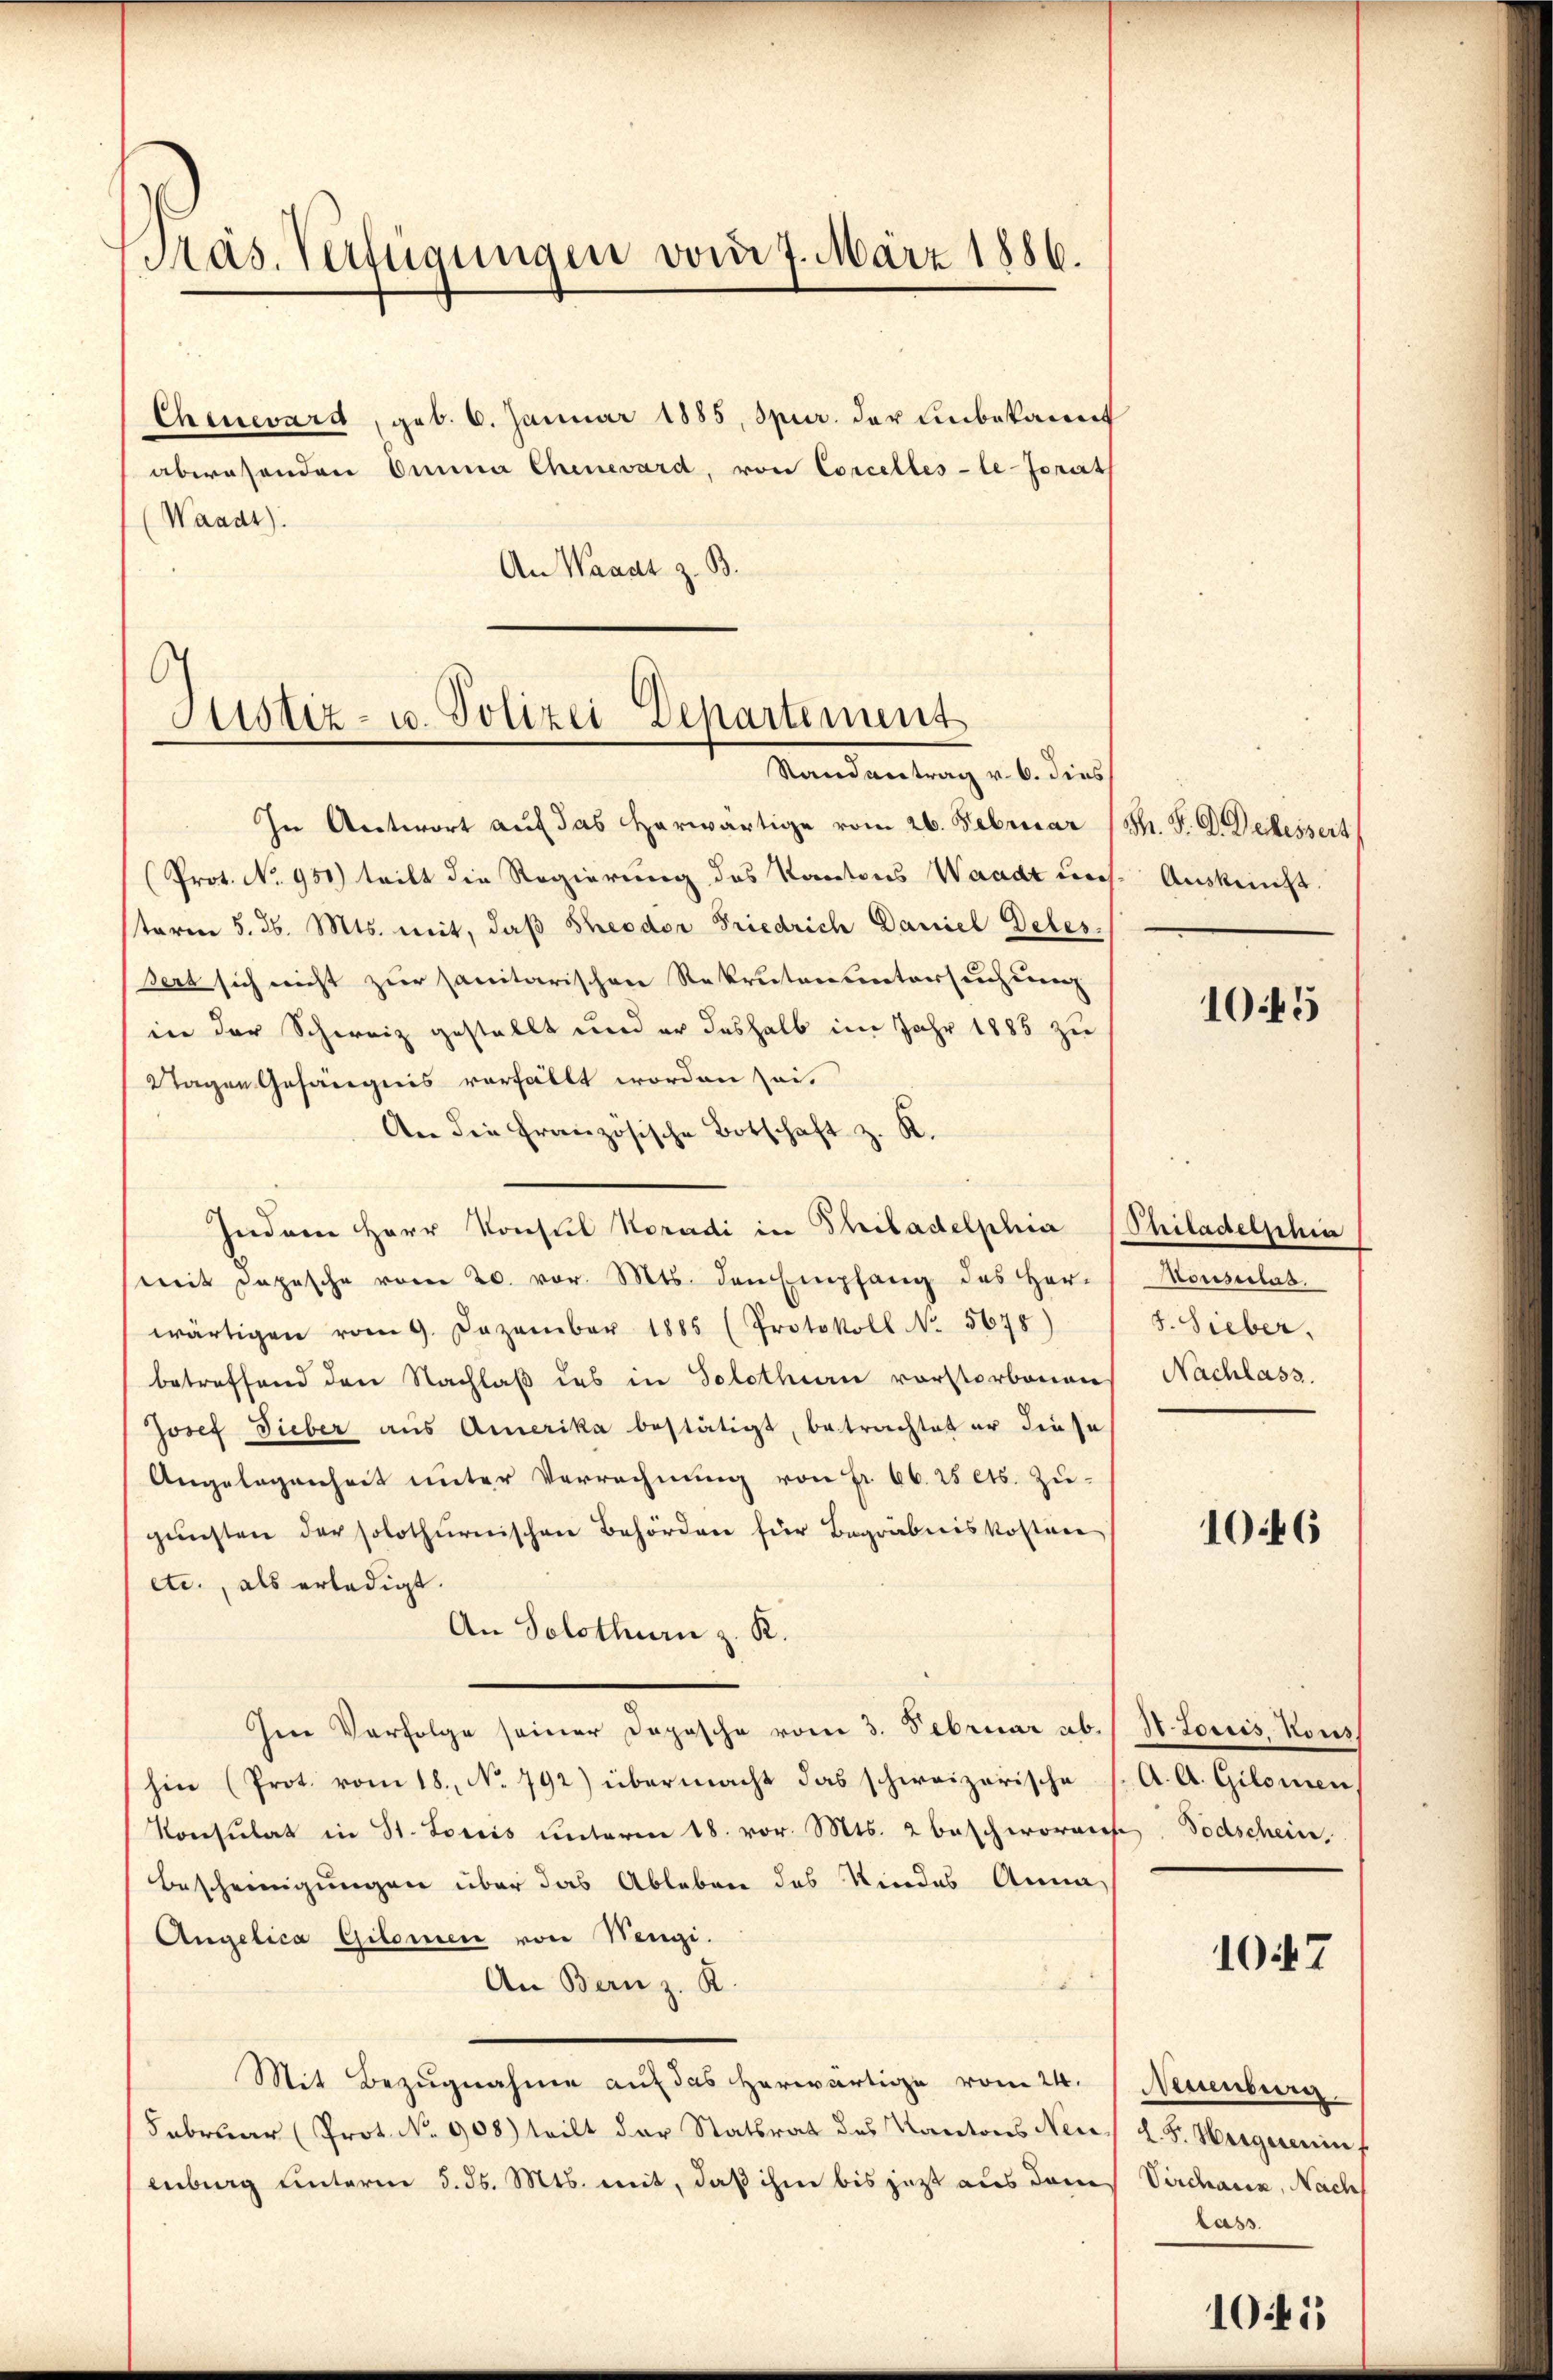
Pras. Verfügungen vom 7. März 1886.

Chenevard, geb. 6. Januar 1885, Spur. der unbekannt
abwesenden Omina Chenevard, von Concelles-te Jonath
(Waadt):
An Waadt z. B.
In Antwort auf das herwärtige vom 26. Februar
(Prot. No. 951) teilt die Regierung des Kantons Waadt uns
term 5. d. Mts. mit, daß Theodor Friedrich Daniel Deles.
sert sich nicht zur sanitarischen Rekrutenstersuchung
in der Schweiz gestellt und er deshalb im Jahr 1885 zu
Wagen Gefängnis vorfällt worden sei.
An die französische Botschaft z. K.
Indern Herr Konsul Koradi in Thiladelphia Philadelphia
mit Depesche vom 20. vor. Mts. den Empfang des Herwärtigen vom 9. Dezember 1885 (Protokoll No 5678)
betreffend den Nachlaß das in Solothurn vorstorbenen
Josef Dieber aus Amerika bestätigt, betrachtet er diese
Angelegenheit unter Verrechnung von Fr. 66. 25 Cts. Zu-
gŭnsten der solothurnischen Behörden für Begräbniskosten
etc., als erledigt
An Solothurn z. R.
Im Verfolge seiner Dopische vom 3. Februar ab.
hin (Prot. vom 18. No. 792) übermacht das schweizerische
Konsulat in St. Loriis ŭnterm 18. vor. Mts. 2 beschwornach Todschein,
Bescheinigungen über das Ableben des Kindes Anna
Angelica Gilomen von Wengi.
An Bern z. R.
Mit Bezugnahme auf das herwärtige vom 24.
Februar (Prot. No. 908) teilt der Statsrat des Kantons Neu
enburg unterm 5. ds. Mts. mit, daß ihm bis jetzt aus dem

Sistiz- u. Polizei Departement
Randantrag v. 6. dies

M. P. G. Deckessert,
Auskunft.

1045

Aousulas.
5. Sieber.
Nachlass.

1046

Stonis, Kons
A. A. Gilomen,

107

Nessenberg
l. F. Weigerein
Virchauen, Nach
rass

1045